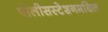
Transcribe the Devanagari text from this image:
पोलीसस्टेशनमधिल